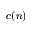
c ( n )